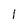
Character: 1